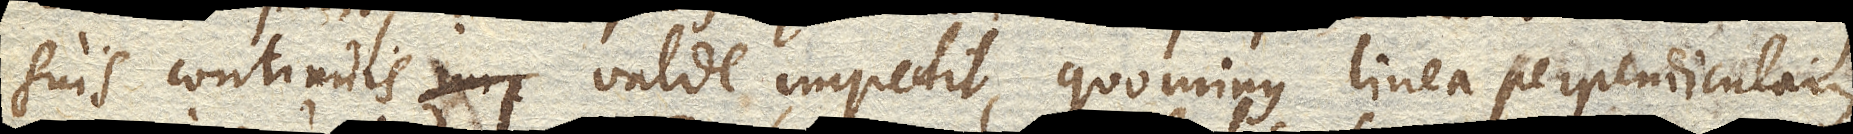
suis continuis valde impedit, quominus linea perpendicularis